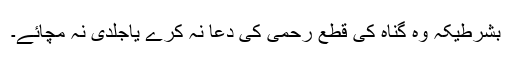
بشرطیکہ وہ گناہ کی قطع رحمی کی دعا نہ کرے یاجلدی نہ مچائے۔